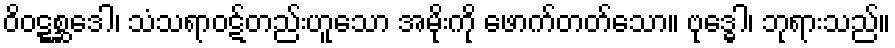
ဝိဝဋ္ဋစ္ဆဒေါ၊ သံသရာဝဋ်တည်းဟူသော အမိုးကို ဖောက်တတ်သော။ ဗုဒ္ဓေါ၊ ဘုရားသည်။